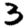
Digit: 3